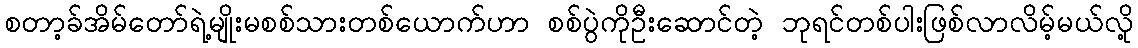
စတာ့ခ်အိမ်တော်ရဲ့မျိုးမစစ်သားတစ်ယောက်ဟာ စစ်ပွဲကိုဦးဆောင်တဲ့ ဘုရင်တစ်ပါးဖြစ်လာလိမ့်မယ်လို့